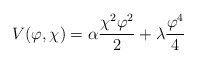
\begin{align*}V(\varphi ,\chi)=\alpha\frac{\chi ^2\varphi^2}{2}+\lambda\frac{\varphi ^4}{4}\end{align*}